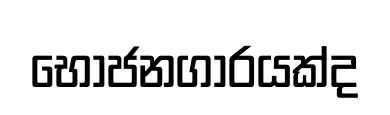
භෝජනගාරයක්ද